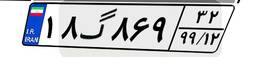
۱۸گ۸۶۹۳۲